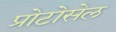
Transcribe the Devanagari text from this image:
प्रोटोसेल